38_143685_box_Incident_Summaries_173-233
Agency: Department of War
Page 135
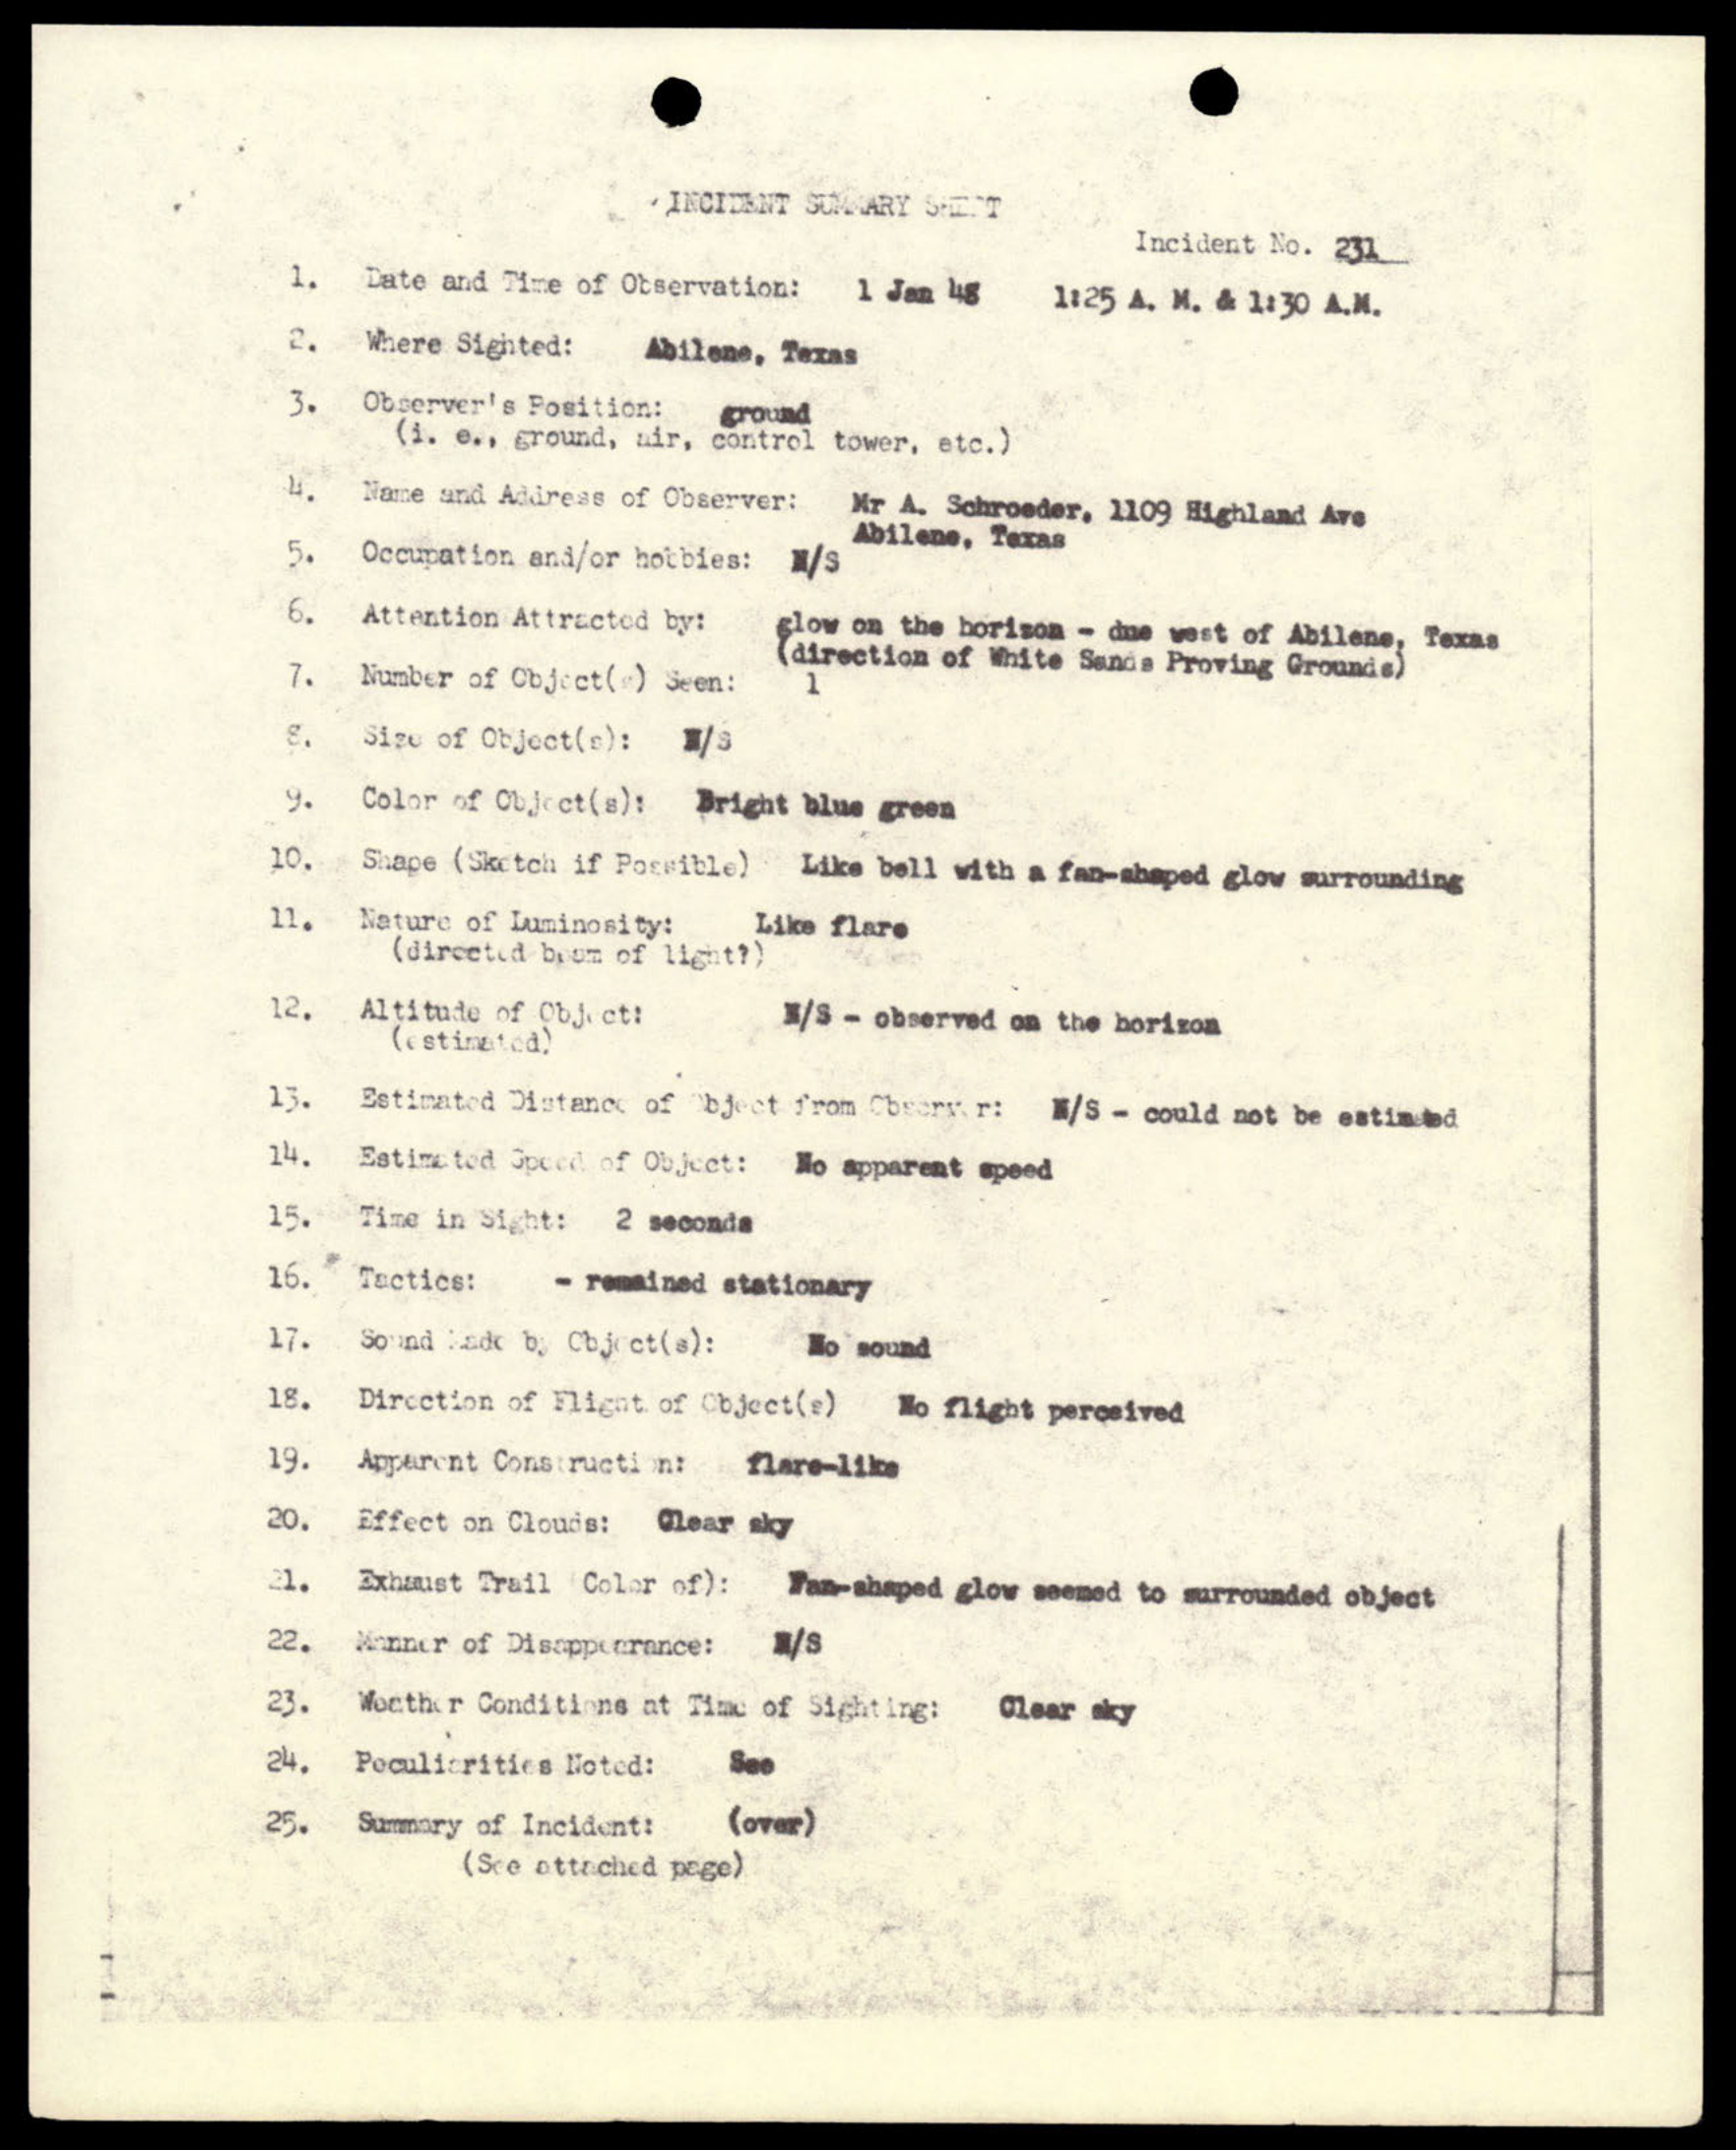